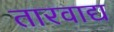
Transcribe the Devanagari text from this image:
तारवाद्य